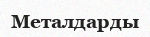
Металдарды